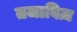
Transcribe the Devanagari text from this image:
तजाविज़